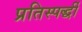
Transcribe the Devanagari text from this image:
प्रतिस्पर्द्धी